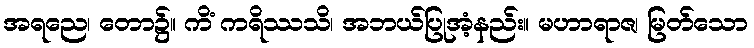
အရညေ၊ တော၌။ ကိံ ကရိဿသိ၊ အဘယ်ပြုအံ့နည်း။ မဟာရာဇ၊ မြတ်သော